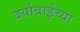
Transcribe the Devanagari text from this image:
दर्याबाईच्या